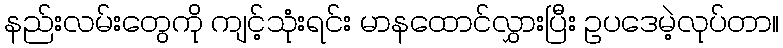
နည်းလမ်းတွေကို ကျင့်သုံးရင်း မာနထောင်လွှားပြီး ဥပဒေမဲ့လုပ်တာ။